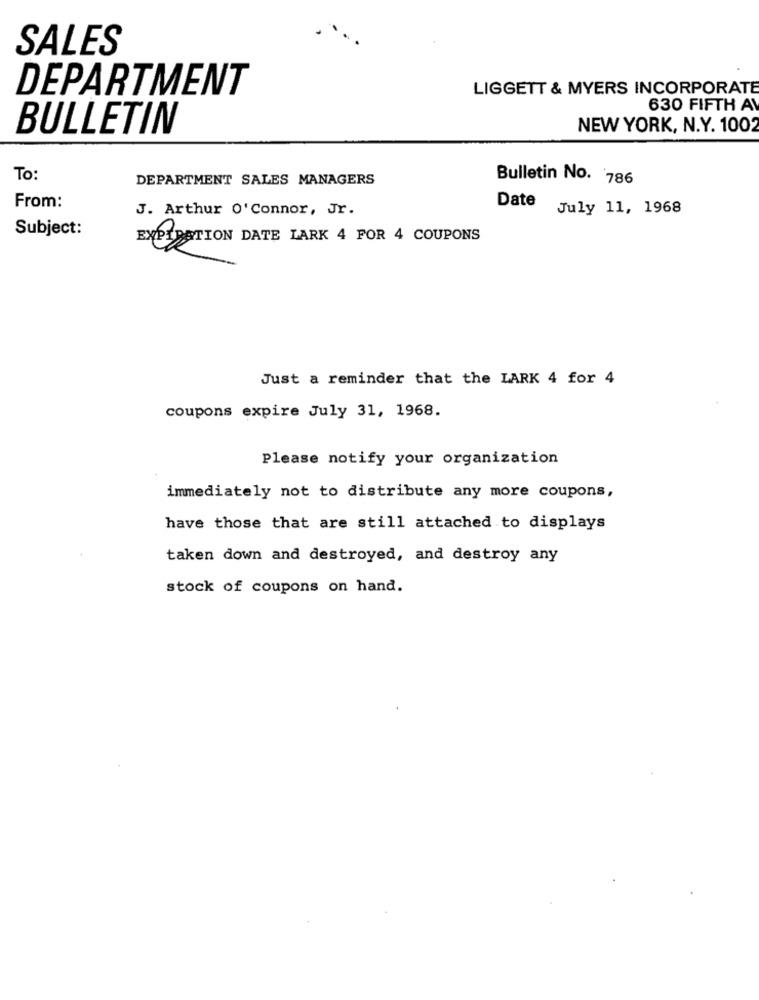
SALES
DEPARTMENT
LIGGETT & MYERS INCORPORATE
630 FIFTH A
BULLETIN
NEW YORK, N.Y. 1002
To:
DEPARTMENT SALES MANAGERS
Bulletin No. 786
From:
Date
J. Arthur O'Connor, Jr.
July 11, 1968
Subject:
EXPIRATION DATE LARK 4 POR 4 COUPONS
Just a reminder that the LARK 4 for 4
coupons expire July 31, 1968.
Please notify your organization
immediately not to distribute any more coupons,
have those that are still attached to displays
taken down and destroyed, and destroy any
stock of coupons on hand.